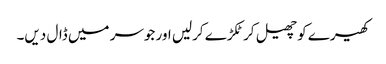
کھیرے کو چھیل کر ٹکڑے کرلیں اور جوسر میں ڈال دیں۔